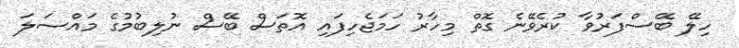
ހިލޭ ބޭސްފަރުވާ ކުރެވޭނެ ގޮތް މިހާރު ހަމަޖެހިފައި އޮތަސް ބޭސް ނުލިބުމުގެ މައްސަލަ